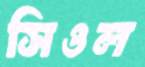
সিওল